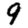
Digit: 9